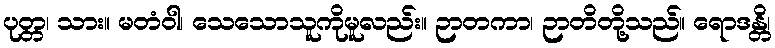
ပုတ္တ၊ သား။ မတံဝါ၊ သေသောသူကိုမူလည်း။ ဉာတကာ၊ ဉာတိတို့သည်။ ရောဒန္တိ၊